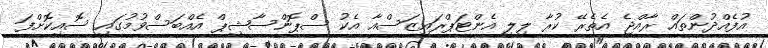
އުފެއްދުންތައް ރާއްޖެ އެތެރޭ ކުރާ ލިލީ އެންޓަޕްރައިޒަސްއާ އެކު ސްޕޮންސާޝިޕް އެއްބަސްވުމުގައި ސޮއިކޮށްފަ